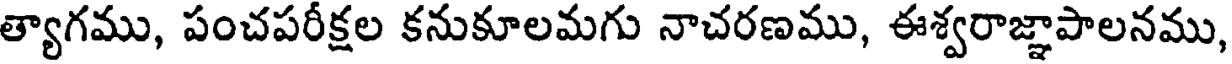
త్యాగము, పంచపరీక్షల కనుకూలమగు నాచరణము, ఈశ్వరాజ్ఞాపాలనము,